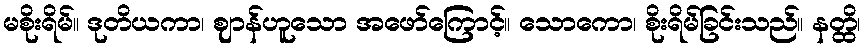
မစိုးရိမ်။ ဒုတိယကာ၊ ဈာန်ဟူသော အဖော်ကြောင့်။ သောကော၊ စိုးရိမ်ခြင်းသည်။ နတ္ထိ၊